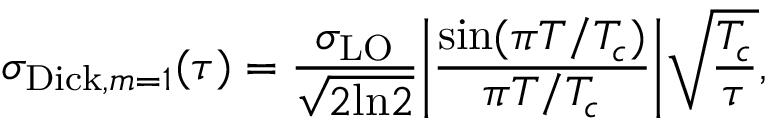
\sigma _ { \mathrm { D i c k } , m = 1 } ( \tau ) = \frac { \sigma _ { \mathrm { L O } } } { \sqrt { 2 \mathrm { l n } 2 } } \bigg | \frac { \mathrm { s i n } ( \pi T / T _ { c } ) } { \pi T / T _ { c } } \bigg | \sqrt { \frac { T _ { c } } { \tau } } ,